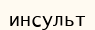
инсульт